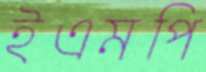
ইএমপি